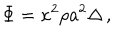
\Phi = \kappa ^ { 2 } \rho a ^ { 2 } \Delta \, ,